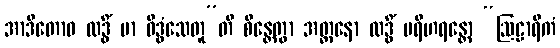
အာဒိတောဝ လဒ္ဓိံ မာ ဝိဒ္ဓံသေတူ”တိ စိန္တေတွာ အတ္တနော လဒ္ဓိံ ပရိဟရန္တော “ဩဠာရိကံ